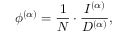
\phi ^ { ( \alpha ) } = \frac { 1 } { N } \cdot \frac { I ^ { ( \alpha ) } } { D ^ { ( \alpha ) } } ,